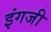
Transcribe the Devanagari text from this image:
इंगजी